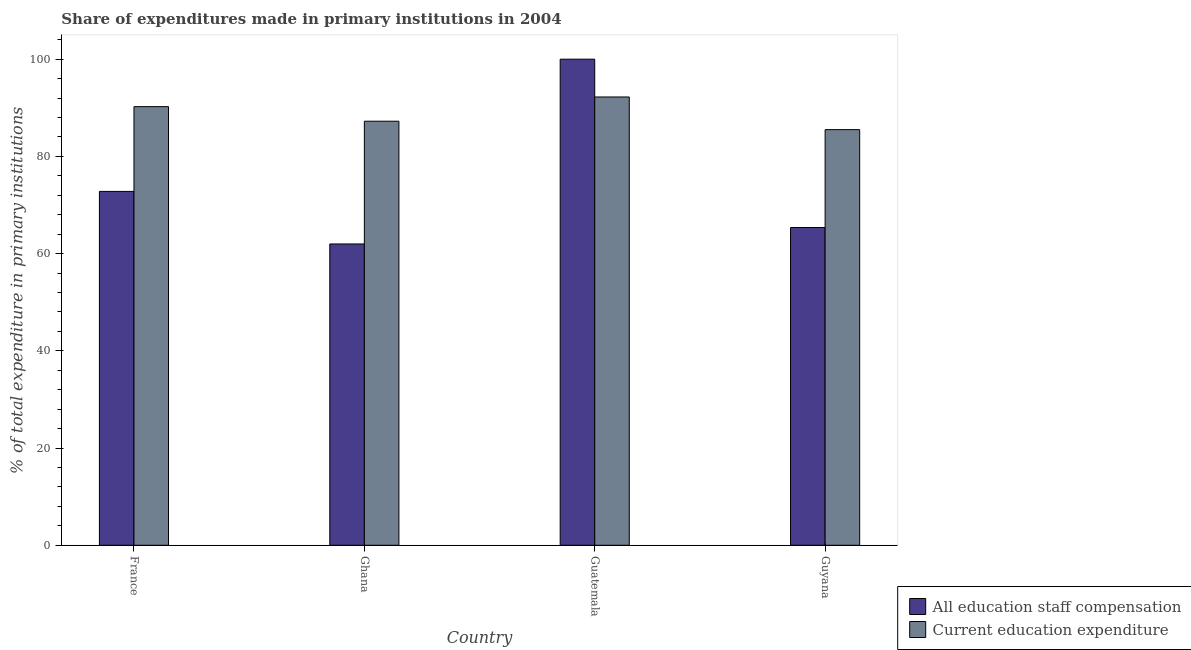
| Country | All education staff compensation | Current education expenditure |
 | --- | --- | --- |
 | France | 72.8 | 90.2 |
 | Ghana | 62 | 87.2 |
 | Guatemala | 100 | 92.2 |
 | Guyana | 65.4 | 85.5 |